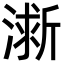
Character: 𪷀